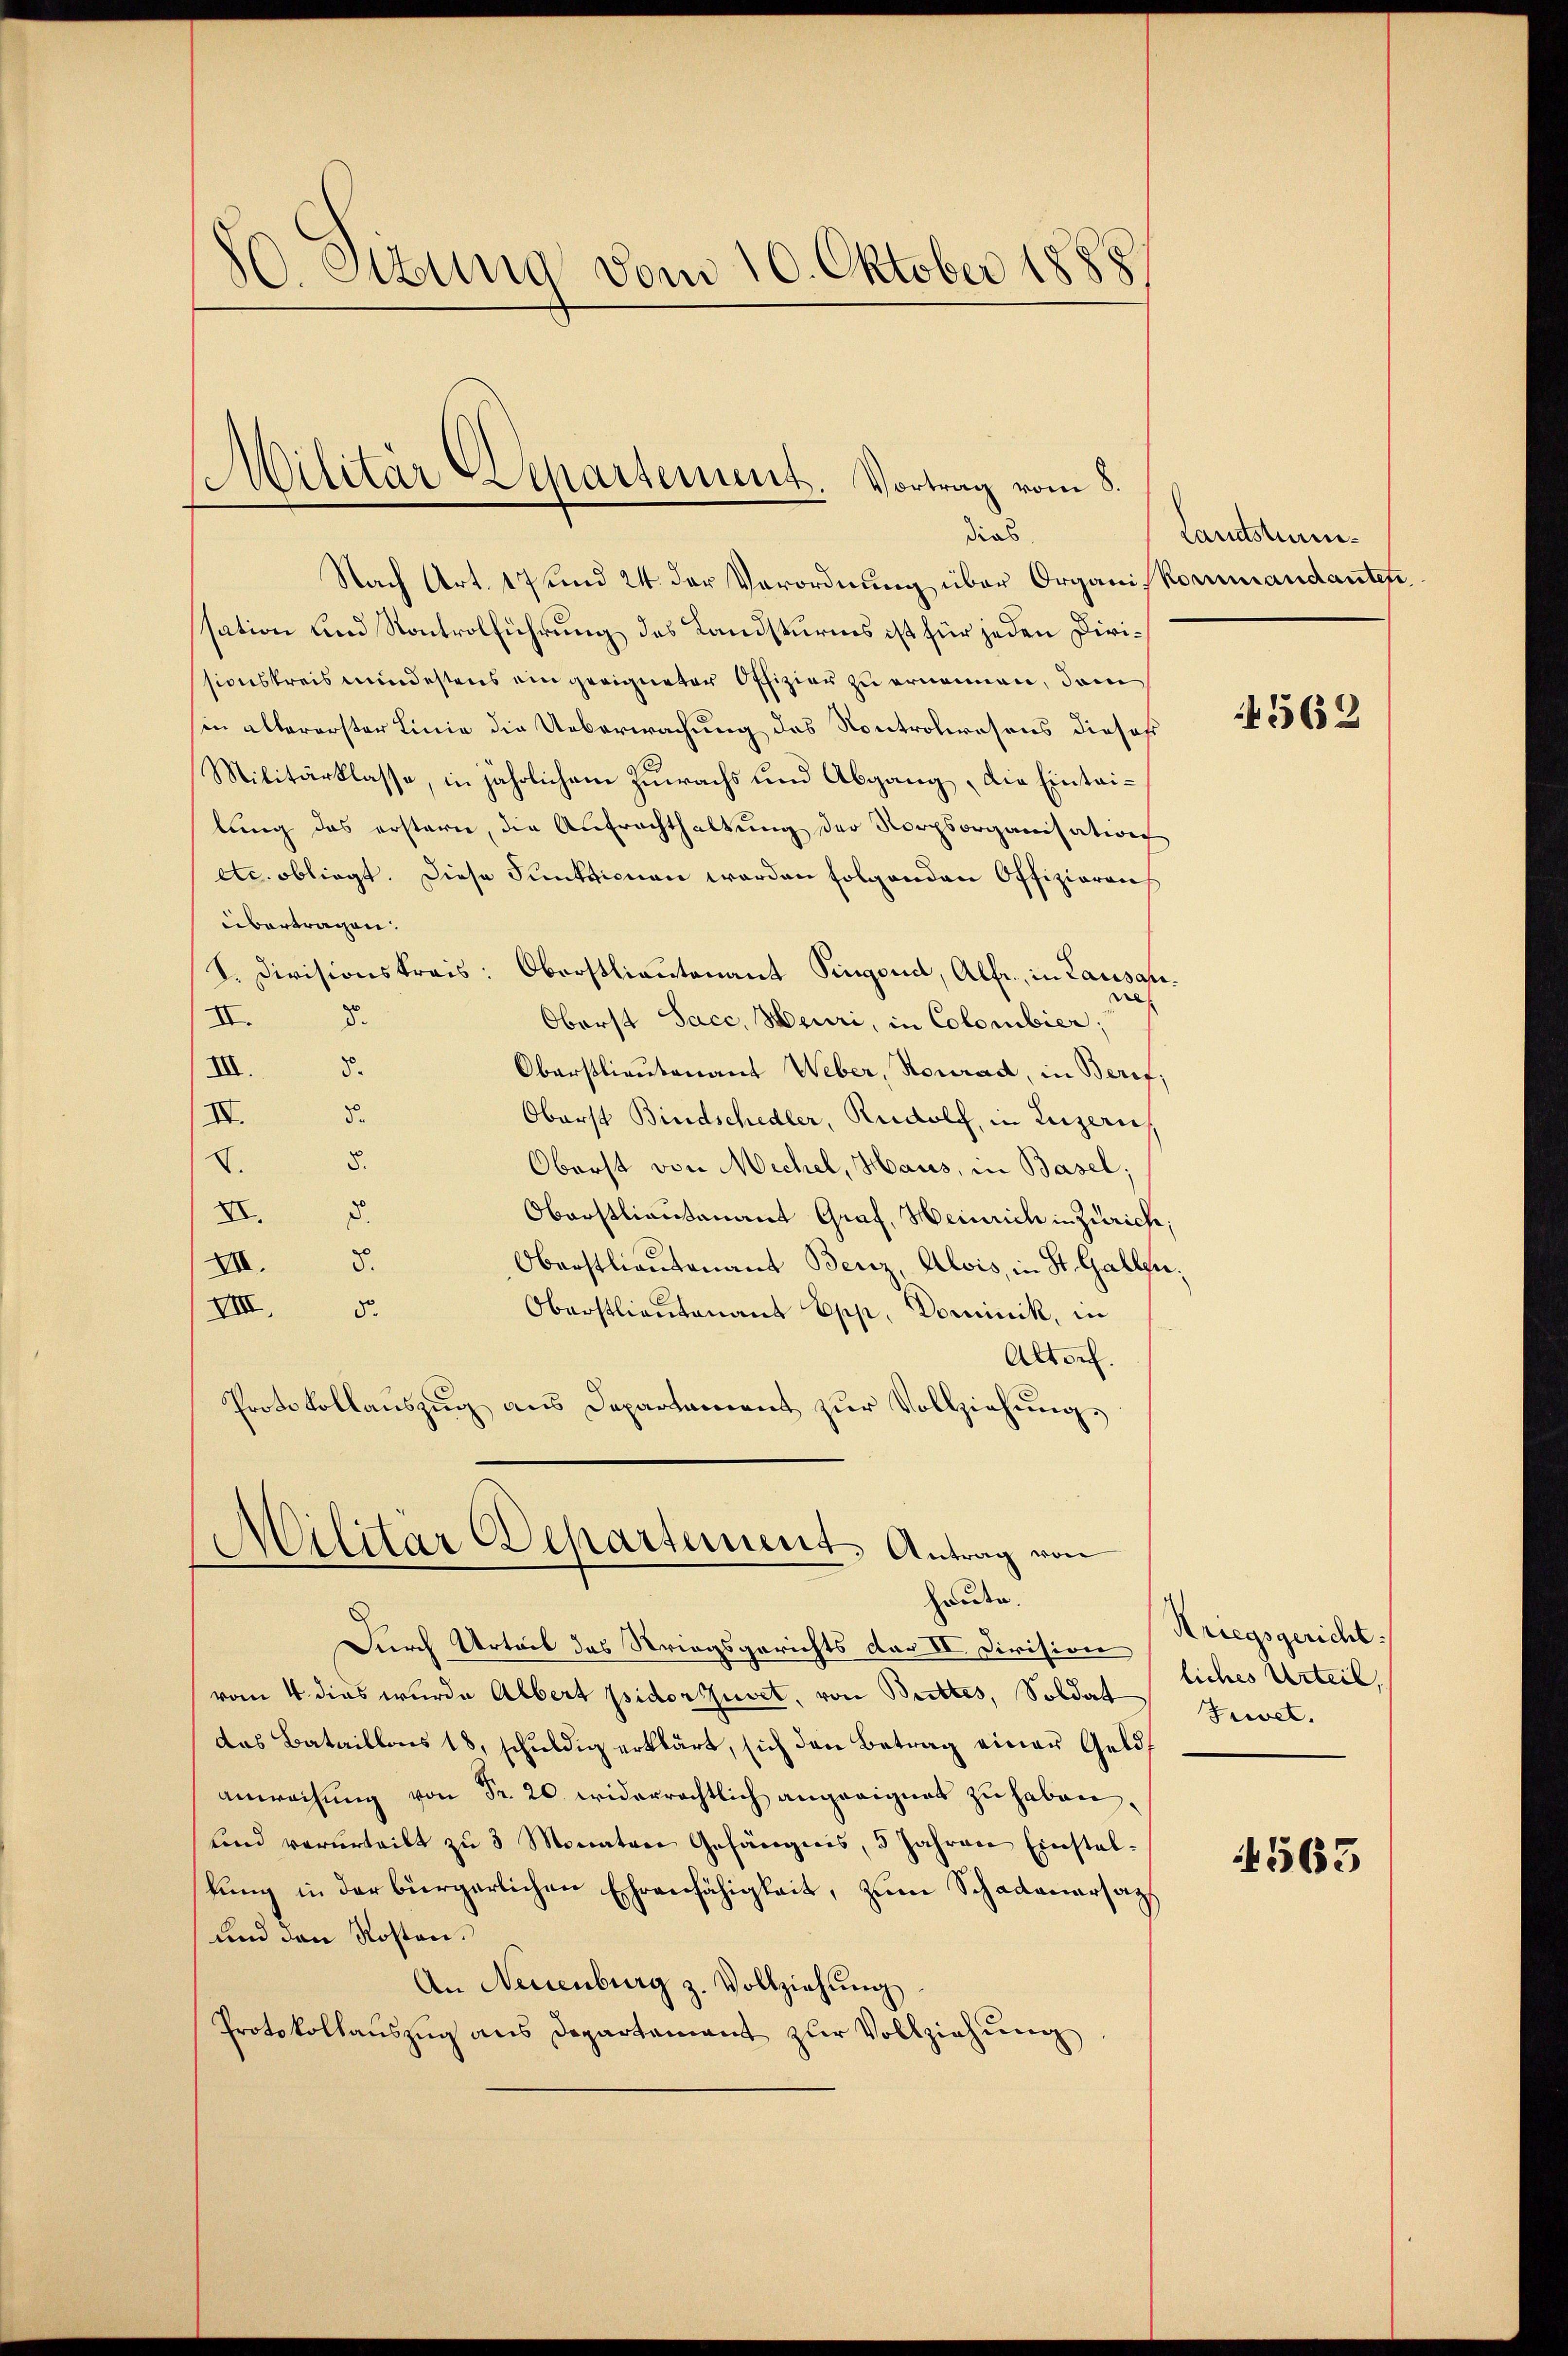
10. Ottung vom 10. Oktober 1888

Nach Art. 17 und 24. der Verordnung über Organiskommandanten.
ssation und Kontrolführung des Landsturms ist für jeden Dirissionskreis mindestens ein geeigneter Offizier zu ernennen, dam
in allererster Linie die Ueberwachung das Kontrolwesens dieses
Militärklasse, in jährlichem Zuwachs und Abgang, die Eintrilung des erstern, die Antrachthaltung der Norpsorganisation
etc. obliegt. Diese Funktionen werden folgenden Offizieraus
übertragen.
S. Divisionskreis: Oberstlieutenant Pingend, Alfr., in Lausane
II. 32
Oberst Sacc, Meuri, in Colombier;
III.
5.
Oberstlieutenant Weber, Konrad, in Beref;
III.
d
Oberst Bindschedler, Rudolf, in Luzerne
V.
8.
Oberst von Michel, Haus, in Basel;
II.
Oberstlieutenant Graf, Heinrich in Zürich,
8.
XII.
Oberstlieutenant Benz, Alois, in St. Gallen,
VIII.
Oberstlieutenant Epp, Dominik, in
5o.
Altorf.
Protokollaŭszŭg ans Departament zŭr Vollziehŭng.
¬
Militär Departement. Antrag von

Militär Departement. Vortrag vom 8
dias

hauen.

Durch Urteil des Striegsgerichts der II. Division
vom 4. dies wurde Albert pidor Zuvet, von Bettes, Soldat Juvet.
das Bataillons 18, schŭldig erklärt, sich den Betrag einer Geldanwachung von Fr. 20. widerrechtlich angeeignet zu haben.
sind verurteilt zŭ 3 Monaten Gefängnis, 3 Jahren Einstallung in der bürgerlichen Ehrenfähigkeit, zum Schadenersagt
und den Kosten.
An Neuenburg z. Vollziehung
Protokollaŭszŭg ans Departement zŭr Vollziehŭng

Lartstam¬

4562

Kriegsgericht.
liches Urteil,

4563